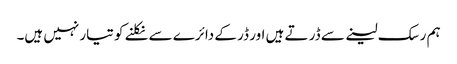
ہم رسک لینے سے ڈر تے ہیں اور ڈر کے دائرے سے نکلنے کو تیار نہیں ہیں۔